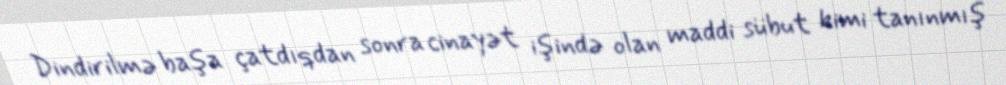
Dindirilmə başa çatdıqdan sonra cinayət işində olan maddi sübut kimi tanınmış